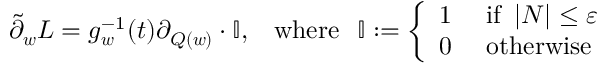
\tilde { \partial } _ { \boldsymbol { w } } L = g _ { \boldsymbol { w } } ^ { - 1 } ( t ) \partial _ { Q ( \boldsymbol { w } ) } \cdot \mathbb { I } , \; \; \; \operatorname { w h e r e } \; \; \mathbb { I } : = \left\{ \begin{array} { l l } { 1 } & { \mathrm { ~ i f ~ } \left| N \right| \leq \varepsilon } \\ { 0 } & { \mathrm { ~ o t h e r w i s e } } \end{array} \right.